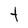
Character: t